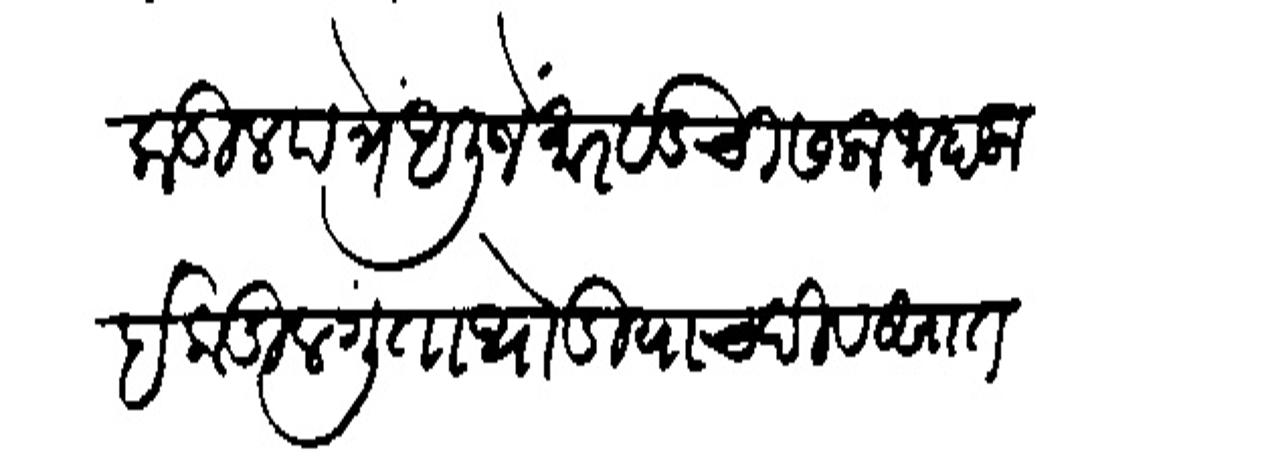
Transliteration (Devanagari): कडील पत्रें अली जे मारवाडची सला जाहाला इकडील गुंता थोडियाच दिवसात